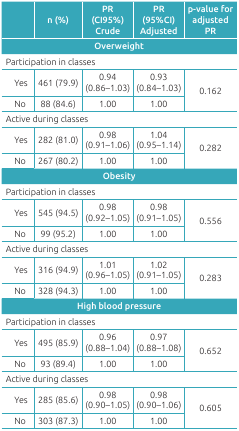
<table><thead><tr><td></td><td><b>n (%)</b></td><td><b>PR (CI95%) Crude</b></td><td><b>PR (95%CI) Adjusted</b></td><td><b>p-value for adjusted PR</b></td></tr><tr><td colspan="5"><b>Overweight </b></td></tr></thead><tbody><tr><td colspan="5">Participation in classes </td></tr><tr><td>Yes</td><td>461 (79.9)</td><td>0.94 (0.86-1.03)</td><td>0.93 (0.84-1.03)</td><td rowspan="2">0.162</td></tr><tr><td>No</td><td>88 (84.6)</td><td>1.00</td><td>1.00</td></tr><tr><td colspan="5">Active during classes </td></tr><tr><td>Yes</td><td>282 (81.0)</td><td>0.98 (0.91-1.06)</td><td>1.04 (0.95-1.14)</td><td rowspan="2">0.282</td></tr><tr><td>No</td><td>267 (80.2)</td><td>1.00</td><td>1.00</td></tr><tr><td colspan="5">Obesity </td></tr><tr><td colspan="5">Participation in classes </td></tr><tr><td>Yes</td><td>545 (94.5)</td><td>0.98 (0.92-1.05)</td><td>0.98 (0.91-1.05)</td><td rowspan="2">0.556</td></tr><tr><td>No</td><td>99 (95.2)</td><td>1.00</td><td>1.00</td></tr><tr><td colspan="5">Active during classes </td></tr><tr><td>Yes</td><td>316 (94.9)</td><td>1.01 (0.96-1.05)</td><td>1.02 (0.91-1.05)</td><td rowspan="2">0.283</td></tr><tr><td>No</td><td>328 (94.3)</td><td>1.00</td><td>1.00</td></tr><tr><td colspan="5">High blood pressure </td></tr><tr><td colspan="5">Participation in classes </td></tr><tr><td>Yes</td><td>495 (85.9)</td><td>0.96 (0.88-1.04)</td><td>0.97 (0.88-1.08)</td><td rowspan="2">0.652</td></tr><tr><td>No</td><td>93 (89.4)</td><td>1.00</td><td>1.00</td></tr><tr><td colspan="5">Active during classes </td></tr><tr><td>Yes</td><td>285 (85.6)</td><td>0.98 (0.90-1.05)</td><td>0.98 (0.90-1.06)</td><td rowspan="2">0.605</td></tr><tr><td>No</td><td>303 (87.3)</td><td>1.00</td><td>1.00</td></tr></tbody></table>